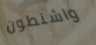
واشنطون